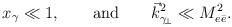
LaTeX: \begin{align*}\protect x_{\gamma} \ll 1, \quad\quad \mbox{and} \quad\quad \vec k _{\gamma_{\!\perp}} ^2 \ll M^2_{e\bar{e}} .\end{align*}